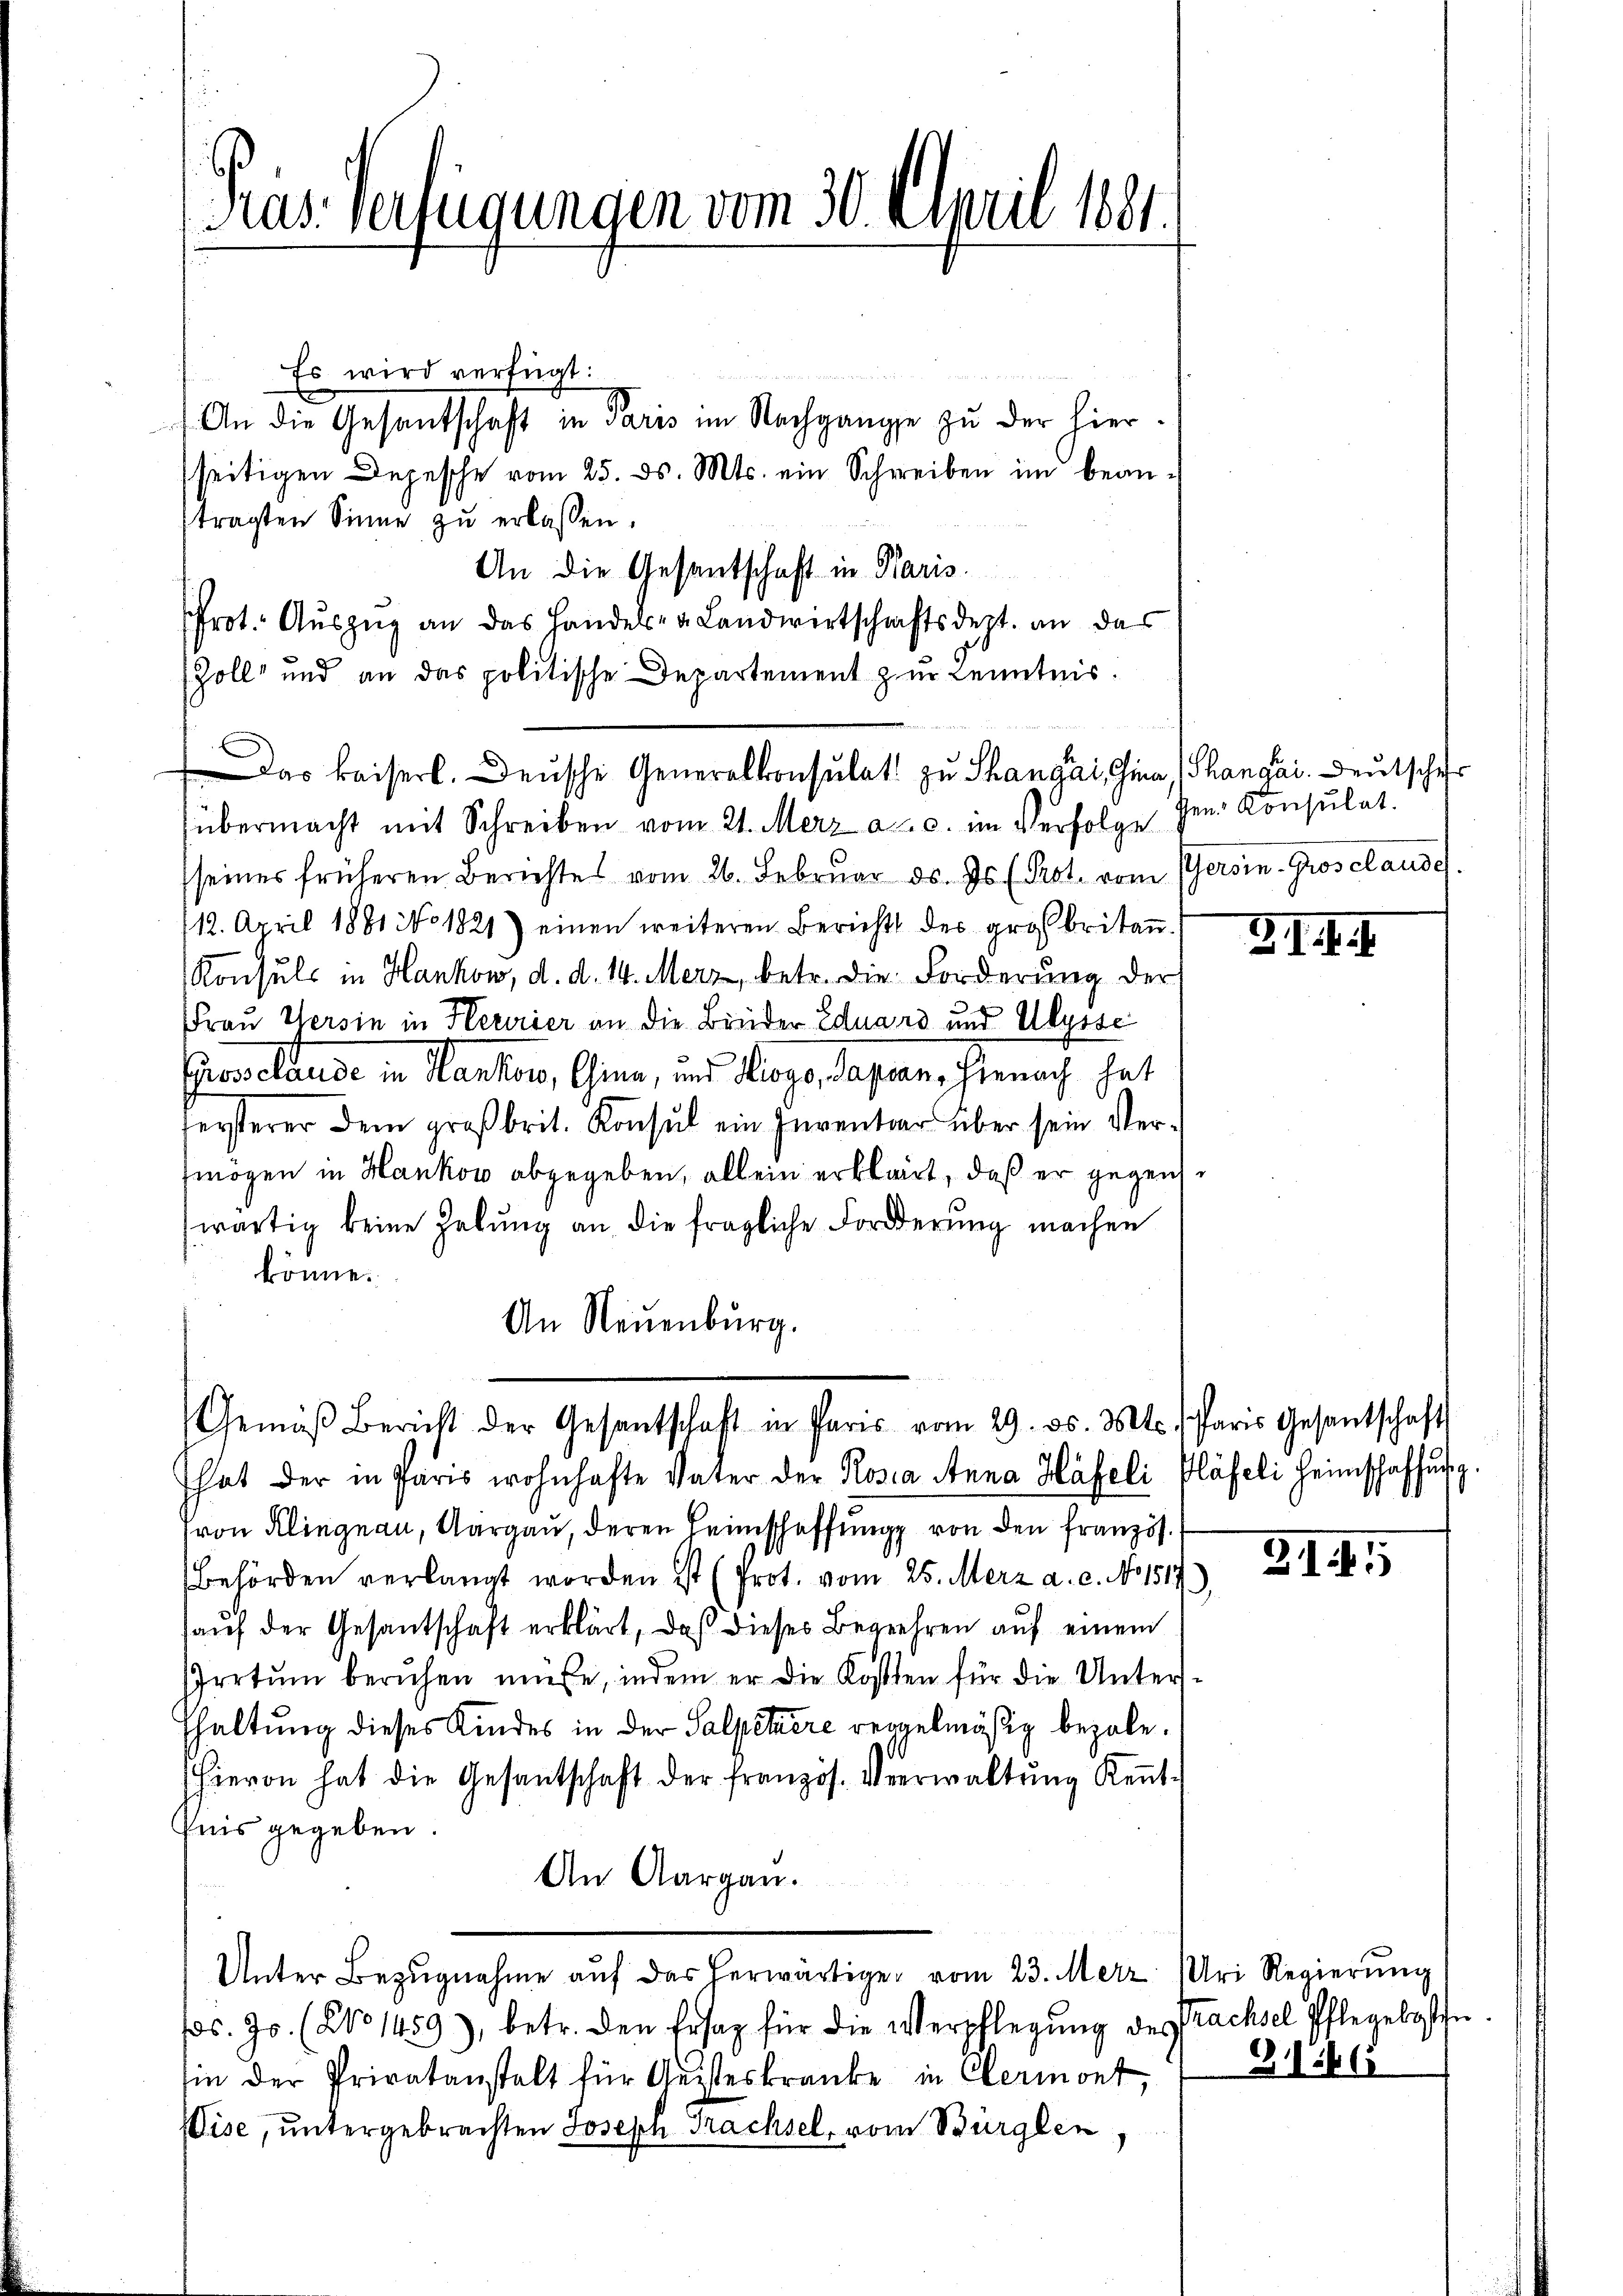
Pras. Verfügungen vom 30. April 1881.

Es wird verfügt:
An die Gesantschaft in Paris im Nachgange zu der hierseitigen Depesche vom 25. ds. Mts. ein Schreiben im beanftragten Sinne zu erlassen.
An die Gesantschaft in Paris.
frot. Aŭszŭg an das Handels- u Landwirtschaftsdept. an das
Zoll und an das politische Departement zur Kenntnis.
übermacht mit Schreiben vom 21. Merz a. c. im Verfolge den Consulat.
seines früheren Berichtes vom 26. Febrŭar ds. Js. (Prot. vom Versin-Grosclause.
112. April 1881 No 1821) einen weiteren Berichts des großbritan
Konsuls in Hankow, d. d. 14. Merz, betr. die Forderung der
Frau Versin in Herrier an die Binder Eduard und Ulysse
ros claude in Hanker, Chine, und Roge, Japan, hienach hat
fersterer dem großbrit. Konsul ein Inventar über sein Vermögen in Hankov abgegeben, allein erklärt, daß er gegen
wärtig keine Hebung an die fragliche Forderung machen
könne.
An Neuenburg.
Gemäβ Bericht der Gesantschaft in Paris vom 29. ds. Mts. Paris Gesantschafts
That der in Paris wohnhafte Vater der Rosia Anna Häfeli Gläseli Heimschaffung
von Klingnau, Aargau, deren Heimschaffung von den französ.
Behörden verlangt worden ist (Prot. vom 25. Merz a. c. No 1517
aŭf der Gesantschaft erklärt, daß dieses Begehren auf einem
Irotŭm beruhen müsse, indem er die Kosten für die Unters-
fhaltung dieses Kindes in der Salpetiere reggelmäßig bezale.
hievon hat die Gesantschaft der französ. Verwaltŭng Keṅt-
fnis gegeben.
An Aargau.
Unter Bezŭgnahme aŭf das herwärtige vom 23. Merz. Uri Regierŭng
s. Js. (No 1459), betr. den Erstag für die Verpflegŭng des Prachsel Pflegeloste
sin der Privatanstalt für Geisteskranke in Clermont,
Wise, untergebrachten Joseph Trachsel, vom Bürglen

Das kaiserl. Deusche Generalkonsulat zu Thangai, Gina, Thangai. Deutscher

3 I. R. I.

2.

2I

.